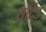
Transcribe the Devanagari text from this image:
सॉर्टेड